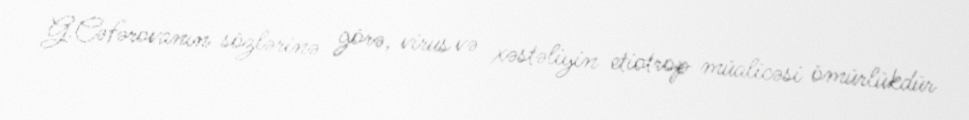
G.Cəfərovanın sözlərinə görə, virus və xəstəliyin etiotrop müalicəsi ömürlükdür